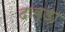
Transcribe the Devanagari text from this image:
दाव्ड़ा